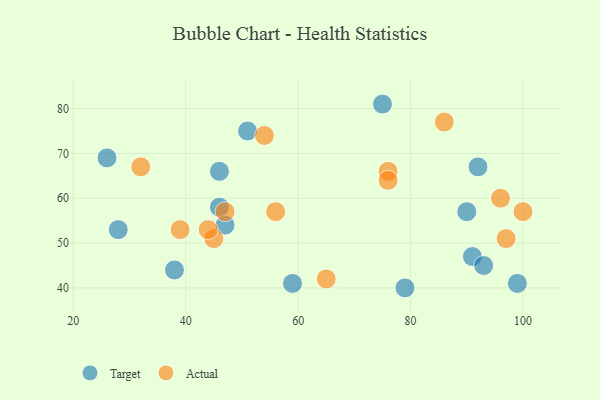
{"axis": {"x": "GDP", "y": "Life Expectancy"}, "legend": ["Actual", "Target"], "data": [{"x": "38", "y": 44, "type": "Target"}, {"x": "28", "y": 53, "type": "Target"}, {"x": "26", "y": 69, "type": "Target"}, {"x": "99", "y": 41, "type": "Target"}, {"x": "75", "y": 81, "type": "Target"}, {"x": "92", "y": 67, "type": "Target"}, {"x": "46", "y": 58, "type": "Target"}, {"x": "51", "y": 75, "type": "Target"}, {"x": "47", "y": 54, "type": "Target"}, {"x": "46", "y": 66, "type": "Target"}, {"x": "91", "y": 47, "type": "Target"}, {"x": "93", "y": 45, "type": "Target"}, {"x": "59", "y": 41, "type": "Target"}, {"x": "90", "y": 57, "type": "Target"}, {"x": "79", "y": 40, "type": "Target"}, {"x": "45", "y": 51, "type": "Actual"}, {"x": "65", "y": 42, "type": "Actual"}, {"x": "56", "y": 57, "type": "Actual"}, {"x": "54", "y": 74, "type": "Actual"}, {"x": "39", "y": 53, "type": "Actual"}, {"x": "100", "y": 57, "type": "Actual"}, {"x": "47", "y": 57, "type": "Actual"}, {"x": "96", "y": 60, "type": "Actual"}, {"x": "97", "y": 51, "type": "Actual"}, {"x": "86", "y": 77, "type": "Actual"}, {"x": "44", "y": 53, "type": "Actual"}, {"x": "32", "y": 67, "type": "Actual"}, {"x": "76", "y": 66, "type": "Actual"}, {"x": "76", "y": 64, "type": "Actual"}]}